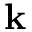
\mathbf { k }